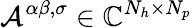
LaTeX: \mathcal{A}^{\alpha\beta,\sigma}\in\mathbb{C}^{N_{h}\times N_{p}}